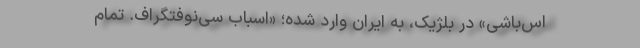
اس‌باشی» در بلژیک، به ایران وارد شده؛ «اسبابِ سی‌نوفتُگِراف. تمام